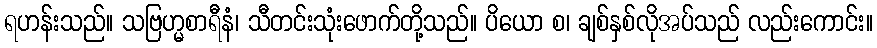
ရဟန်းသည်။ သဗြဟ္မစာရီနံ၊ သီတင်းသုံးဖောက်တို့သည်။ ပိယော စ၊ ချစ်နှစ်လိုအပ်သည် လည်းကောင်း။